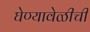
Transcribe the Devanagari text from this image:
घेण्यावेळीची